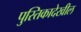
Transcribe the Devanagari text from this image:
पुस्तिकादेखील